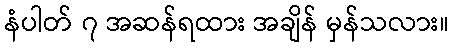
နံပါတ် ၇ အဆန်ရထား အချိန် မှန်သလား။